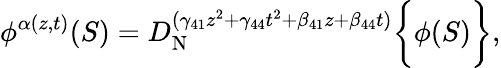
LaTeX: \phi^{\alpha(z,t)}(S)=D_{\mathrm{N}}^{(\gamma_{41}z^{2}+\gamma_{44}t^{2}+\beta_{41}z+\beta_{44}t)}\bigg\{ {\phi(S)\bigg\} },